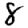
Digit: 8